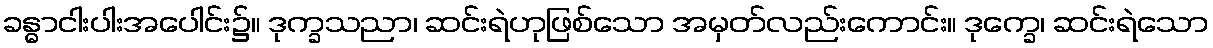
ခန္ဓာငါးပါးအပေါင်း၌။ ဒုက္ခသညာ၊ ဆင်းရဲဟုဖြစ်သော အမှတ်လည်းကောင်း။ ဒုက္ခေ၊ ဆင်းရဲသော